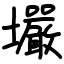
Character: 壧